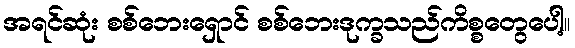
အရင်ဆုံး စစ်ဘေးရှောင် စစ်ဘေးဒုက္ခသည်ကိစ္စတွေပေါ့။